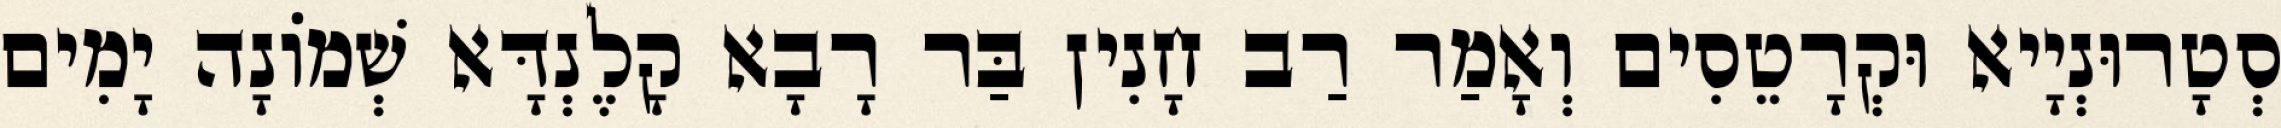
סְטָרוּנְיָיא וּקְרָטֵסִים וְאָמַר רַב חָנִין בַּר רָבָא קָלֶנְדָּא שְׁמוֹנָה יָמִים